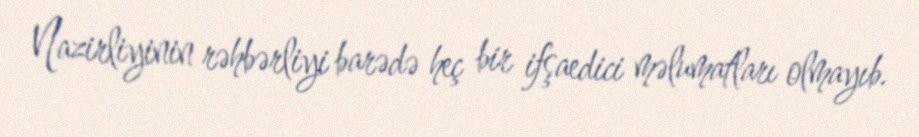
Nazirliyinin rəhbərliyi barədə heç bir ifşaedici məlumatları olmayıb.